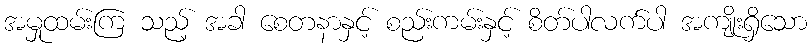
အမှုထမ်းကြ သည့် အခါ စေတနာနှင့် စည်းကမ်းနှင့် စိတ်ပါလက်ပါ အကျိုးရှိသော